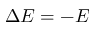
\Delta E = - E